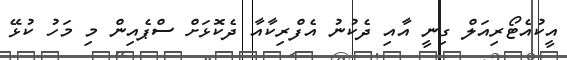
އީކުއެޓޯރިއަލް ގިނީ އާއި ދެކުނު އެފްރިކާއާ ދެކޮޅަށް ސްޕެއިން މި މަހު ކުޅޭ